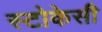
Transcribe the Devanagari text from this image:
स्टोकेसी